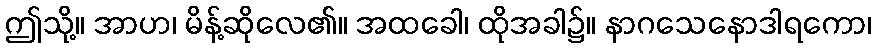
ဤသို့။ အာဟ၊ မိန့်ဆိုလေ၏။ အထခေါ၊ ထိုအခါ၌။ နာဂသေနောဒါရကော၊